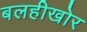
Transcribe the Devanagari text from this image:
बलहीखोर